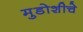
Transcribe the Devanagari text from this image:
मुडोशीचे